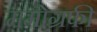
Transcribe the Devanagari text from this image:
ममोग्रफी